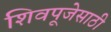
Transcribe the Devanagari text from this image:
शिवपूजेसाठी